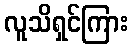
လူသိရှင်ကြား